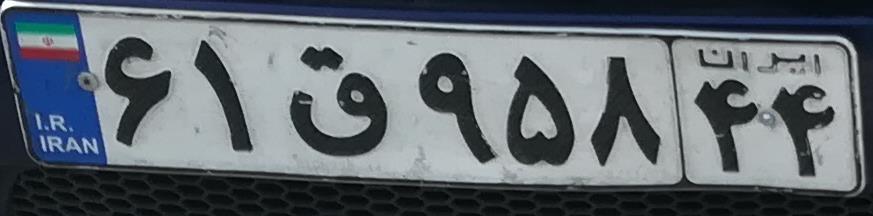
۶۱ق۹۵۸۴۴